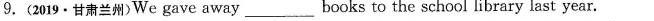
9.(2019·甘肃兰州)We gave away__ books to the school library last year.